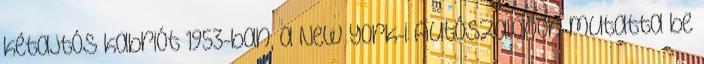
kétajtós kabriót 1953-ban, a New York-i Autószalonon mutatta be